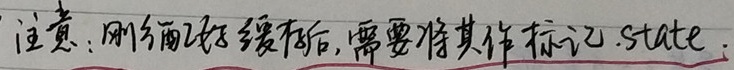
注意：刚匹配好后缀后,需要将其作标记.$state$.